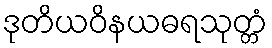
ဒုတိယဝိနယဓရသုတ္တံ